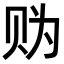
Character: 𧹑